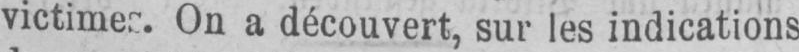
On a découvert, sur les indications